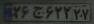
۲۶ج۶۲۲۲۷